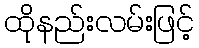
ထိုနည်းလမ်းဖြင့်